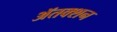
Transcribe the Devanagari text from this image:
ॲतक्शन